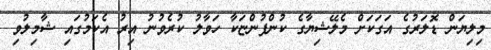
މިލިޔަން ޑޮލަރުގެ އަގަކަށް މެލޭޝިޔާގެ ކުންފުންޏަކާ ހަވާލު ކުރެވުނު އިރު އެކަމުގައި ޝާމިލުވި